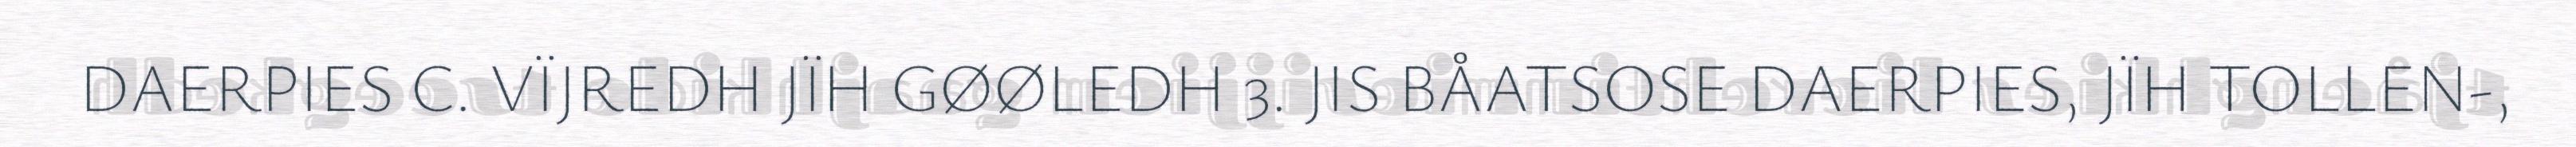
DAERPIES C. VÏJREDH JÏH GØØLEDH 3. JIS BÅATSOSE DAERPIES, JÏH TOLLEN-,